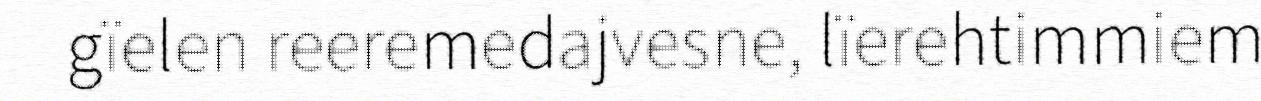
gïelen reeremedajvesne, lïerehtimmiem